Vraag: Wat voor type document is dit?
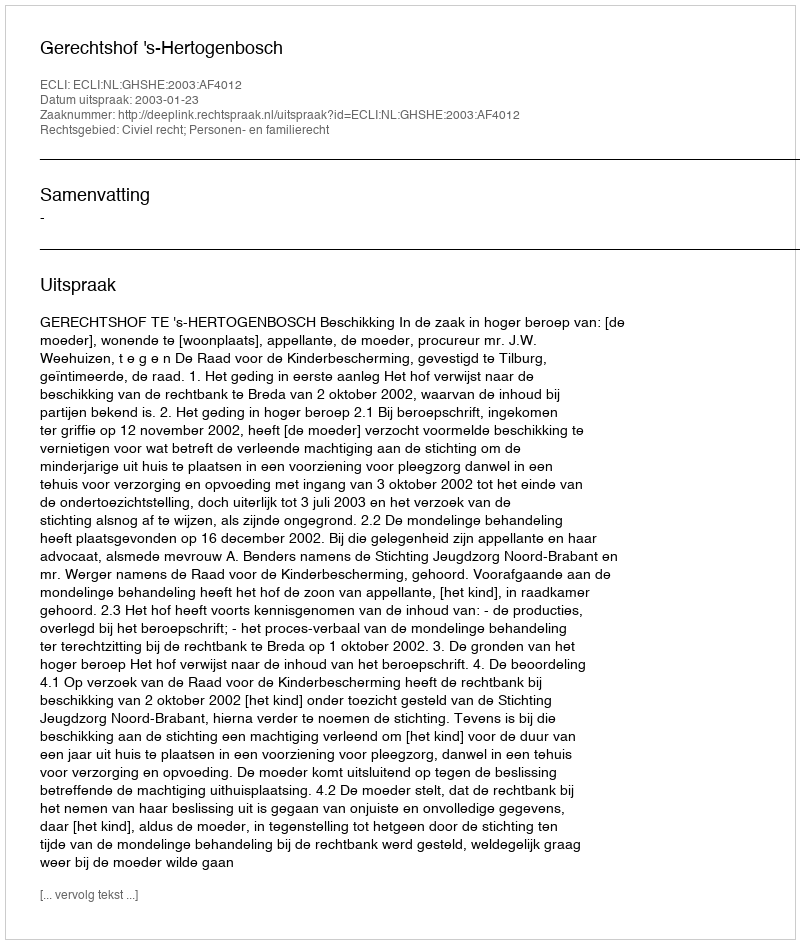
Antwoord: Uitspraak